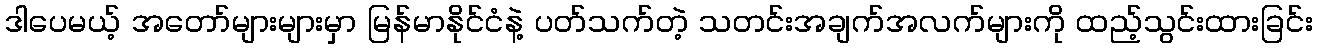
ဒါပေမယ့် အတော်များများမှာ မြန်မာနိုင်ငံနဲ့ ပတ်သက်တဲ့ သတင်းအချက်အလက်များကို ထည့်သွင်းထားခြင်း